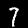
Digit: 7